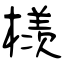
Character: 檨